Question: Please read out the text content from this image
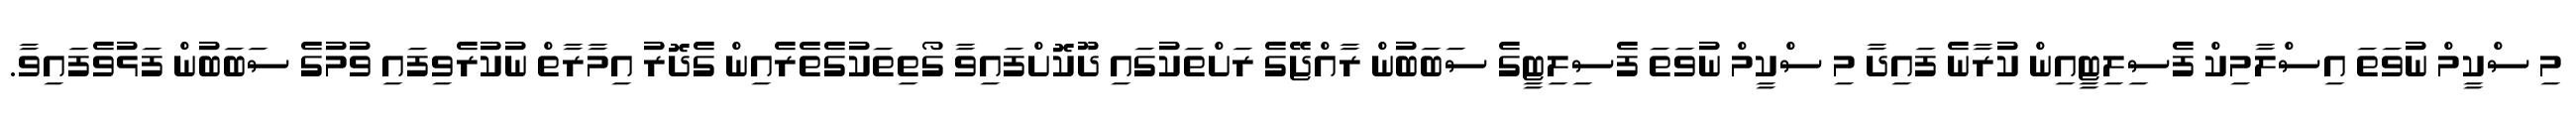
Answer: މި ސްކީމް ނުވަތަ އިސްލާމިކް ފެސިލިޓީއިން ކުރާނެ ފައިދާ މި ސްކީމް ނުވަތަ ފެސިލިޓީގެ ސަބަބުން ރާއްޖޭގެ ރަށްތަކުގައި ދޫކޮށްފައިވާ ގޯތިތަކުގެތެރެއިން ގެދޮރު އިމާރާތް ނުކުރެވިފައި ވުމުގެ ސަބަބުން ފަޅުވެފައިވާ.